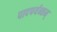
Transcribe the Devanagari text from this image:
पादपर्यन्तम्‌